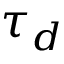
\tau _ { d }